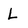
Character: L